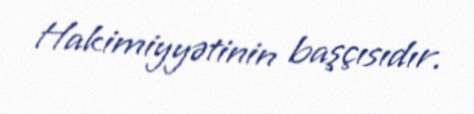
Hakimiyyətinin başçısıdır.